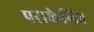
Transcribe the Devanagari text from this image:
पराकेन्द्रित